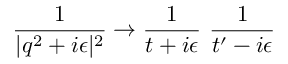
\frac { 1 } { | q ^ { 2 } + i \epsilon | ^ { 2 } } \to \frac { 1 } { t + i \epsilon } ~ \frac { 1 } { t ^ { \prime } - i \epsilon }